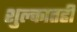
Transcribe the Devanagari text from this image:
शुल्कातही